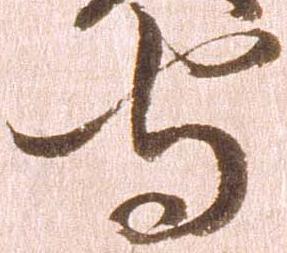
守